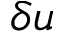
\delta \boldsymbol { u }